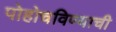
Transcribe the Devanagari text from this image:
पोहोचविण्याची